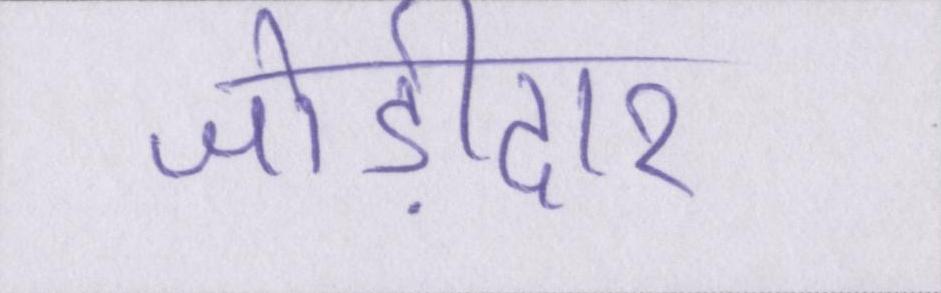
जोड़ीदार